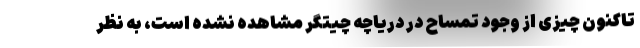
تاکنون چیزی از وجود تمساح در دریاچه چیتگر مشاهده نشده است، به نظر